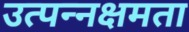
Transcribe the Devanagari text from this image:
उत्पन्नक्षमता